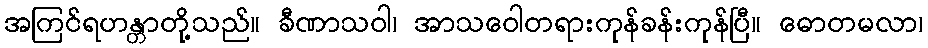
အကြင်ရဟန္တာတို့သည်။ ခီဏာသဝါ၊ အာသဝေါတရားကုန်ခန်းကုန်ပြီ။ ဓောတမလာ၊